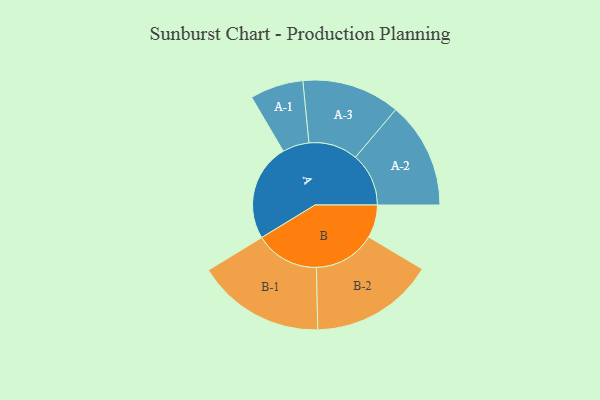
{"axis": {"x": "Segment", "y": "Value"}, "legend": ["", "A", "B"], "data": [{"x": "A", "y": 369, "type": ""}, {"x": "B", "y": 125, "type": ""}, {"x": "A-1", "y": 101, "type": "A"}, {"x": "A-2", "y": 202, "type": "A"}, {"x": "A-3", "y": 186, "type": "A"}, {"x": "B-1", "y": 243, "type": "B"}, {"x": "B-2", "y": 235, "type": "B"}]}